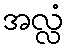
အလ္လံ